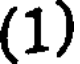
(1)